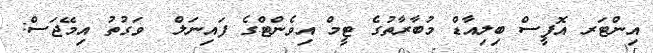
އިންޓަރ އޮފީސް ބިލިއާޑް މުބާރާތުގެ ޓީމް އިވެންޓްގެ ފައިނަލް  ވަގުތު އިމޭޖަސް: